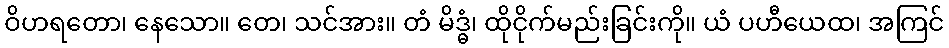
ဝိဟရတော၊ နေသော။ တေ၊ သင်အား။ တံ မိဒ္ဓံ၊ ထိုငိုက်မည်းခြင်းကို။ ယံ ပဟီယေထ၊ အကြင်